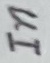
Text: In